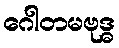
ဂေါတမဗုဒ္ဓ